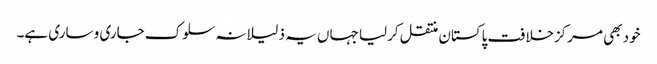
خود بھی مرکزخلافت پاکستان منتقل کرلیا جہاں یہ ذلیلانہ سلوک جاری و ساری ہے۔